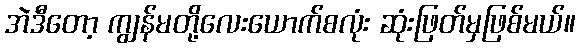
အဲဒီတော့ ကျွန်မတို့လေးယောက်စလုံး ဆုံးဖြတ်မှဖြစ်မယ်။